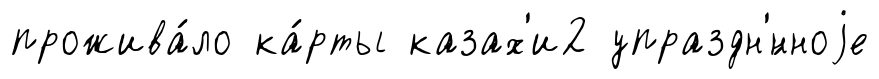
прожива́ло ка́рты казах'и2 упраздн'́нноjе